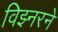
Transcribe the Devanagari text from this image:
विझ्नरने